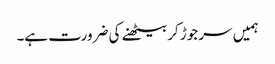
ہمیں سر جوڑ کر بیٹھنے کی ضرورت ہے۔